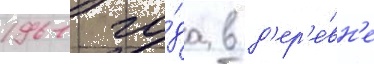
1961 го́да в д'ер'е́вн'е